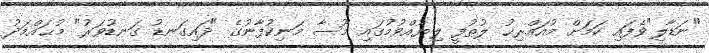
"ނަޑާލި"ވެފައި ކަމަށް މުއައްރިޚު ލުޠުފީ ލިޔުއްވުމުގައި މޫސާ މަނިކުފާނުގެ "ދައިގަނޑު ގަނޑުވަރު" މުޙައްމަދު